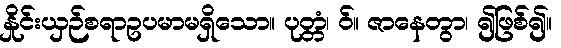
နှိုင်းယှဉ်စရာဥပမာမရှိသော။ ပုတ္တံ၊ ဝ်။ ဇာနေတွာ၊ ၍ဖြစ်၍။